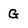
Character: G